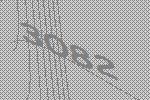
3082